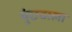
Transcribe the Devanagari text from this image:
मुंछवाला